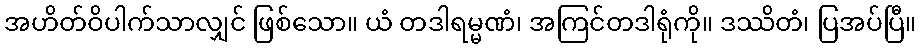
အဟိတ်ဝိပါက်သာလျှင် ဖြစ်သော။ ယံ တဒါရမ္မဏံ၊ အကြင်တဒါရုံကို။ ဒဿိတံ၊ ပြအပ်ပြီ။